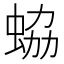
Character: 蛠